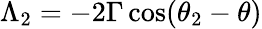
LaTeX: \Lambda_{2}=-2\Gamma\, \mathrm{cos}(\theta_{2}-\theta)